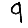
Digit: 9